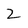
Character: 2